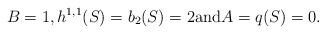
LaTeX: \begin{align*} B=1,h^{1,1}(S)=b_2(S)=2{\rm and}A=q(S)=0. \end{align*}